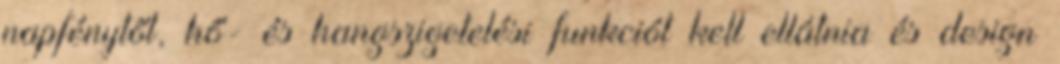
napfénytől, hő- és hangszigetelési funkciót kell ellátnia és design